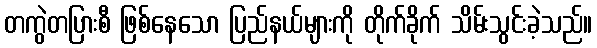
တကွဲတပြားစီ ဖြစ်နေသော ပြည်နယ်များကို တိုက်ခိုက် သိမ်းသွင်းခဲ့သည်။